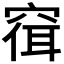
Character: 𫁓